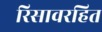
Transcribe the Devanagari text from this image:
रिसावरहित